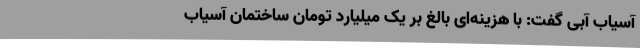
آسیاب آبی گفت: با هزینه‌ای بالغ بر یک میلیارد تومان ساختمان آسیاب